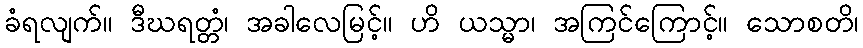
ခံရလျက်။ ဒီဃရတ္တံ၊ အခါလေမြင့်။ ဟိ ယသ္မာ၊ အကြင်ကြောင့်။ သောစတိ၊